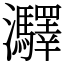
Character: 㶠